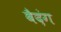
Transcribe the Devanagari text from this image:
बैदंग